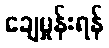
ချေမှုန်းရန်